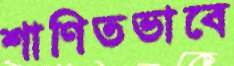
শাণিতভাবে